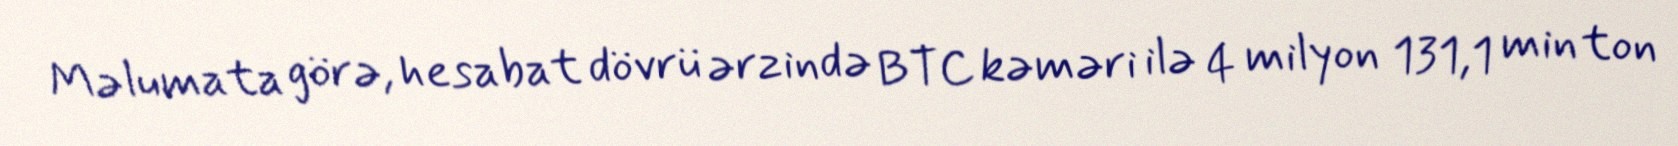
Məlumata görə, hesabat dövrü ərzində BTC kəməri ilə 4 milyon 131,1 min ton